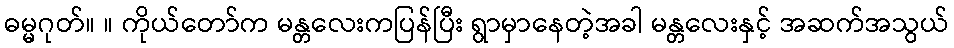
ဓမ္မဂုတ်။ ။ ကိုယ်တော်က မန္တလေးကပြန်ပြီး ရွာမှာနေတဲ့အခါ မန္တလေးနှင့် အဆက်အသွယ်